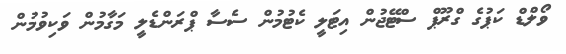
ވޯލްޑް ކަޕުގެ ގްރޫޕް ސްޓޭޖުން އިޓަލީ ކެޓުމުން ސެސާ ޕްރަންޑެލީ މަގާމުން ވަކިވުމުން